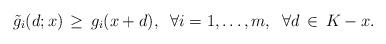
LaTeX: \begin{align*}\tilde g_i(d;x)\, \geq \,g_i(x+d), \;\; \forall i=1,\ldots, m, \;\; \forall d\,\in\, K-x.\end{align*}